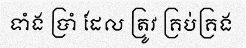
ទាំង ប្រាំ ដែល ត្រូវ គ្រប់គ្រង